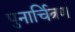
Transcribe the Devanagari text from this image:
पुनार्चित्रण